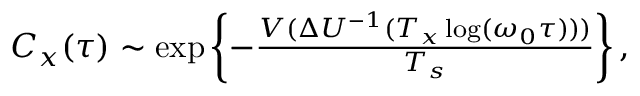
\begin{array} { r } { C _ { x } ( \tau ) \sim \exp \left\{ - \frac { V ( \Delta U ^ { - 1 } ( T _ { x } \log ( \omega _ { 0 } \tau ) ) ) } { T _ { s } } \right\} , } \end{array}